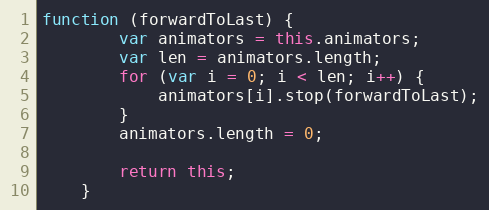
Language: JavaScript
function (forwardToLast) {
        var animators = this.animators;
        var len = animators.length;
        for (var i = 0; i < len; i++) {
            animators[i].stop(forwardToLast);
        }
        animators.length = 0;

        return this;
    }